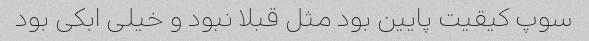
سوپ کیقیت پایین بود مثل قبلا نبود و خیلی ابکی بود